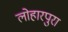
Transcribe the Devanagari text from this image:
लोहारपुरा